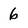
Character: 6